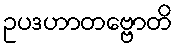
ဥပဒဟာတဗ္ဗောတိ